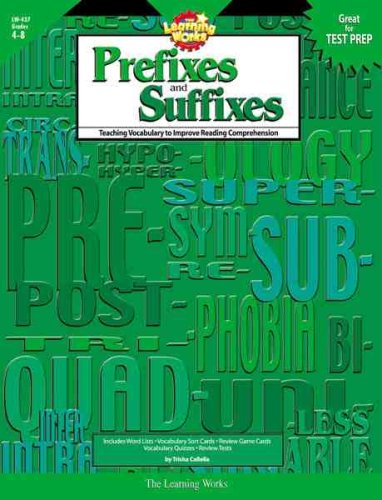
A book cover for The Learning Works: Prefixes and Suffixes, Grades 4-8: Teaching Vocabulary to Improve Reading Comprehension; Trisha Callella; Reference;